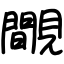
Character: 覸